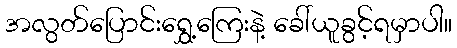
အလွတ်ပြောင်းရွှေ့ကြေးနဲ့ ခေါ်ယူခွင့်ရမှာပါ။